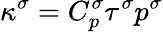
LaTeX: \kappa^{\sigma}=C_{p}^{\sigma}\tau^{\sigma}p^{\sigma}